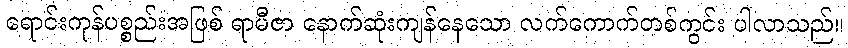
ရောင်းကုန်ပစ္စည်းအဖြစ် ရာမီဇာ နောက်ဆုံးကျန်နေသော လက်ကောက်တစ်ကွင်း ပါလာသည်။